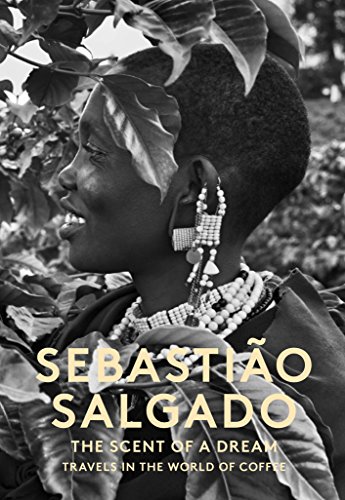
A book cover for Scent of a Dream: Travels in the World of Coffee; Sebastiao Salgado; Arts & Photography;